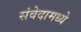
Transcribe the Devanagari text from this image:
संवेदामध्ये